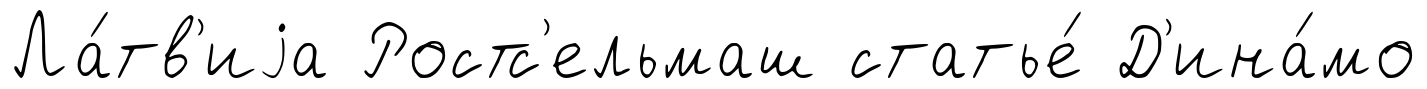
Ла́тв'иjа Ростс'ельмаш статье́ Д'ина́мо